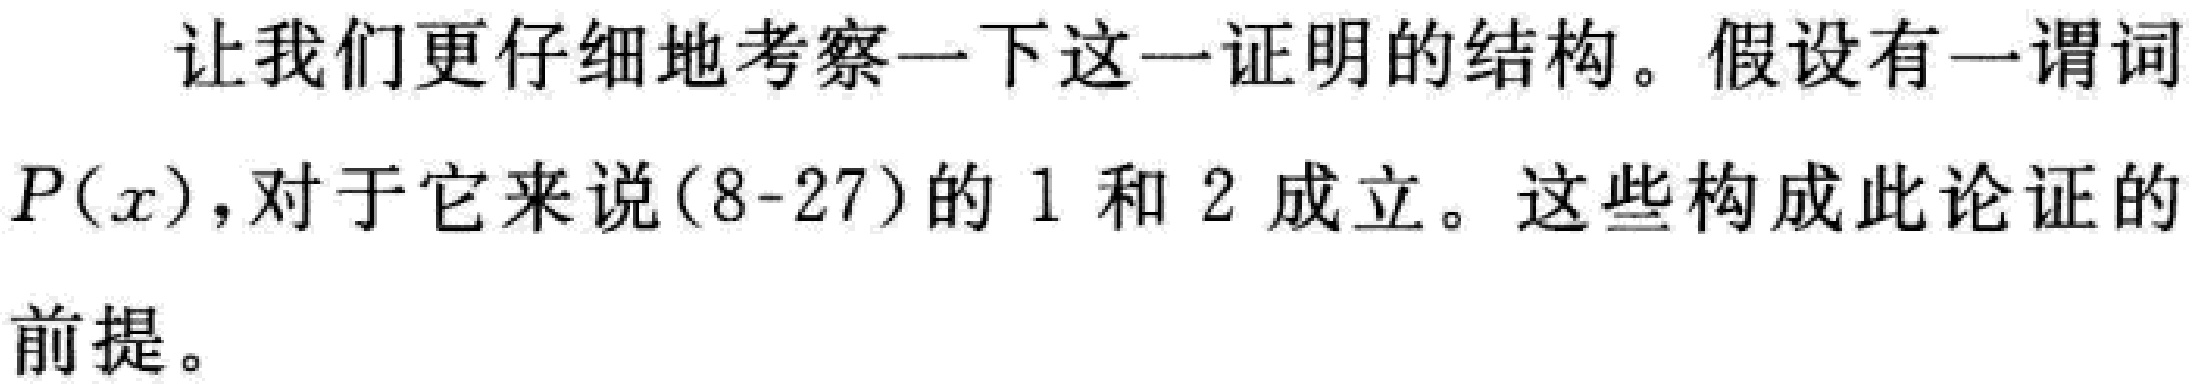
让我们更仔细地考察一下这一证明的结构。假设有一谓词$P(x)$，对于它来说(8-27)的 1 和 2 成立。这些构成此论证的前提。